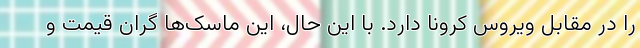
را در مقابل ویروس کرونا دارد. با این حال، این ماسک‌ها گران قیمت و